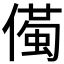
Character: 𱏌